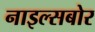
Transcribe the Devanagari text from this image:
नाइल्सबोर